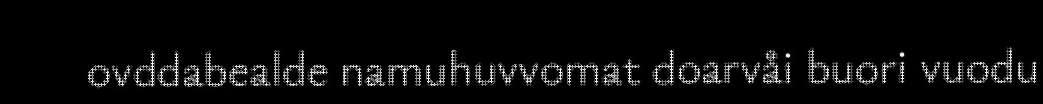
ovddabealde namuhuvvomat doarvåi buori vuodu